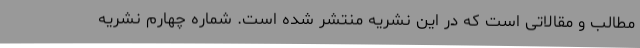
مطالب و مقالاتی است که در این نشریه منتشر شده است. شماره چهارم نشریه